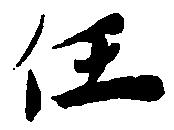
任